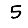
Digit: 5